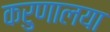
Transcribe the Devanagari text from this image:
करुणालया